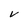
Character: V